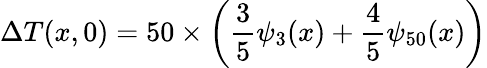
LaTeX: \Delta{T}(x,0)=50\times\left(\frac{3}{5}\psi_{3}(x)+\frac{4}{5}\psi_{50}(x)\right)